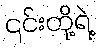
၎င်းတို့ရဲ့